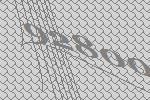
92800